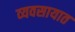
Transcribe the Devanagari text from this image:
व्‍यवसायात